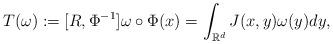
LaTeX: \begin{align*} T(\omega):=[R,\Phi^{-1}]\omega\circ \Phi (x)= \int_{\mathbb{R}^{d}} J(x,y) \omega(y)dy, \end{align*}